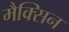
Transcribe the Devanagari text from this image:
मैक्सिन